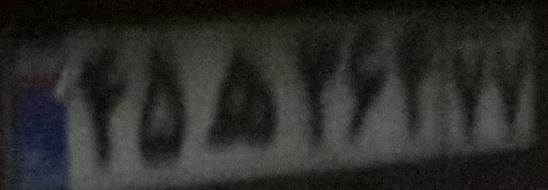
۴۵ه۳۶۴۷۷